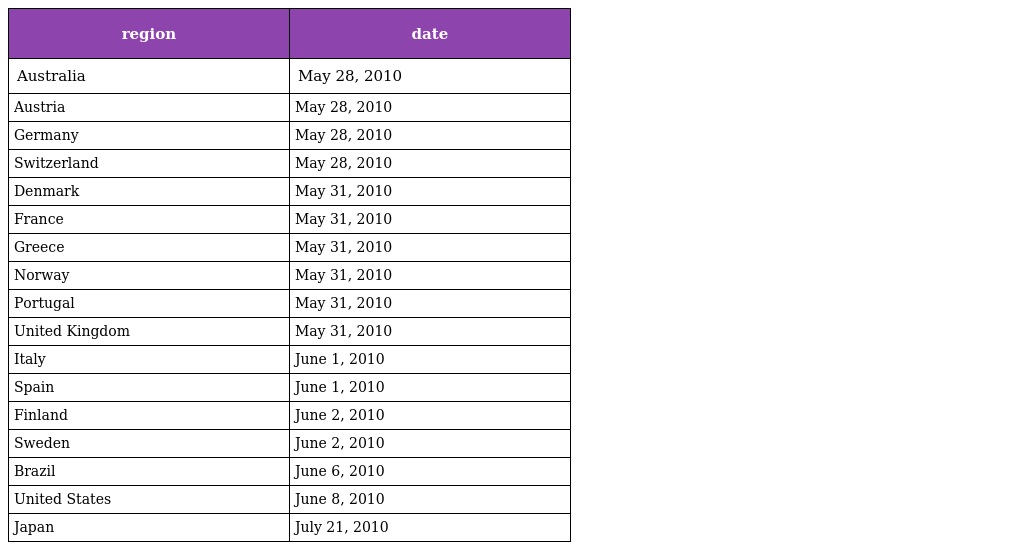
| region | date |
 | --- | --- |
 | Australia | May 28, 2010 |
 | Austria | May 28, 2010 |
 | Germany | May 28, 2010 |
 | Switzerland | May 28, 2010 |
 | Denmark | May 31, 2010 |
 | France | May 31, 2010 |
 | Greece | May 31, 2010 |
 | Norway | May 31, 2010 |
 | Portugal | May 31, 2010 |
 | United Kingdom | May 31, 2010 |
 | Italy | June 1, 2010 |
 | Spain | June 1, 2010 |
 | Finland | June 2, 2010 |
 | Sweden | June 2, 2010 |
 | Brazil | June 6, 2010 |
 | United States | June 8, 2010 |
 | Japan | July 21, 2010 |